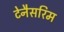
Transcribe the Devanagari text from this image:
टेनैसरिम